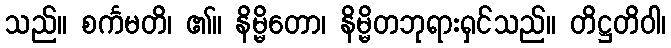
သည်။ စင်္ကမတိ၊ ၏။ နိမ္မိတော၊ နိမ္မိတဘုရားရှင်သည်။ တိဋ္ဌတိဝါ၊